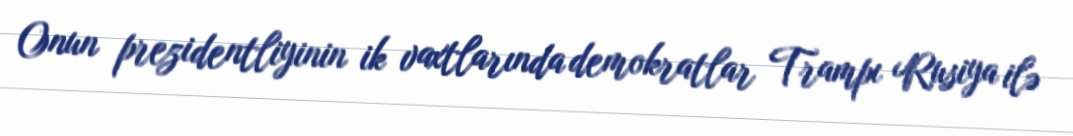
Onun prezidentliyinin ik vaxtlarında demokratlar Trampı Rusiya ilə